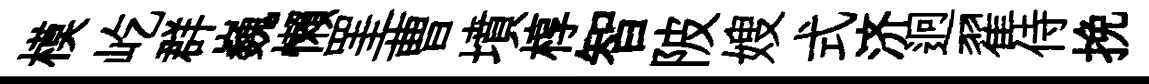
模屹群巍懶罣曹墳椁智陂嫂式济迥翟侍挽